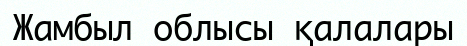
Жамбыл облысы қалалары